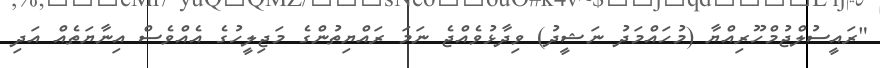
"ރައީސުލްޖުމްހޫރިއްޔާ (މުހައްމަދު ނަޝީދު) ވިދާޅުވެއްޖެ ނަމަ ރައްޔިތުންގެ މަޖިލީހުގެ އެއްވެސް އިނާޔަތެއް އަދި